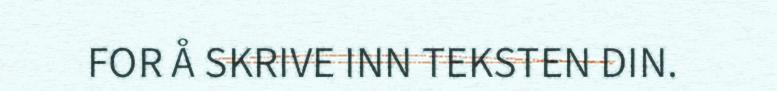
FOR Å SKRIVE INN TEKSTEN DIN.